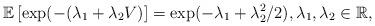
LaTeX: \begin{align*}\mathbb{E} \left[ \exp(-(\lambda_1+\lambda_2 V) \right]=\exp(-\lambda_1+\lambda_2^2/2), \lambda_1, \lambda_2 \in \mathbb{R}, \end{align*}